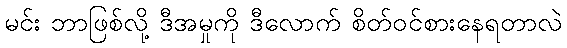
မင်း ဘာဖြစ်လို့ ဒီအမှုကို ဒီလောက် စိတ်ဝင်စားနေရတာလဲ